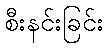
စီးနင်းခြင်း